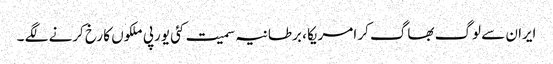
ایران سے لوگ بھاگ کر امریکا ، برطانیہ سمیت کئی یورپی ملکوں کا رخ کرنے لگے ۔